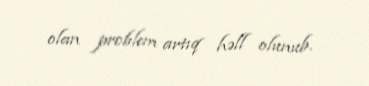
olan problem artıq həll olunub.